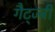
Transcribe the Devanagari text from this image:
गैट्ज्बी